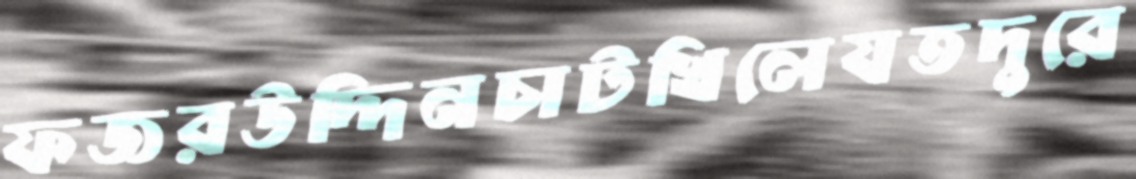
ফজরউদ্দিনচাটখিলেযতদুরে